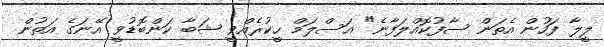
ލީލާ ފަހުން އެތަން ސާފުކޮއްލަފާނެ" އަސްލަމް ހީކުރެއްވީ ޝަބާ ކަންބޮޑުވީ އޭނަގެ އަތުން